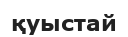
қуыстай